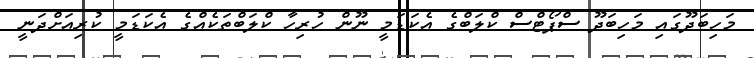
މަހިބަދޫގައި މަހިބަދޫ ސްޕޯޓްސް ކްލަބްގެ އެކަޑަމީ ނޫން ހުރިހާ ކްލަބްތަކެއްގެ އެކަޑަމީ ކުރިއަށްދަނީ